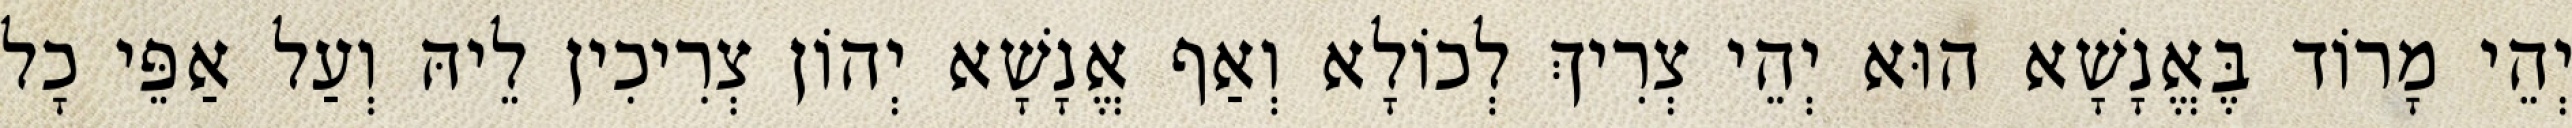
יְהֵי מָרוֹד בֶּאֱנָשָׁא הוּא יְהֵי צְרִיךְ לְכוֹלָא וְאַף אֱנָשָׁא יְהוֹן צְרִיכִין לֵיהּ וְעַל אַפֵּי כָל